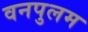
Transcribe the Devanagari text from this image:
वनपुलम